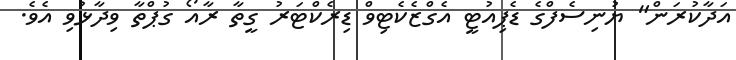
އަދާކުރަން" ޔުނިސެފްގެ ޑެޕިއުޓީ އެގްޒެކެޓިވް ޑިރެކްޓަރު ގީތާ ރާއޯ ގުޕްތާ ވިދާޅުވި އެވެ.